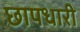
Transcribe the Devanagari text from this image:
छापधारी